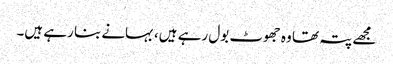
مجھے پتہ تھا وہ جھوٹ بول رہے ہیں، بہانے بنا رہے ہیں۔